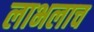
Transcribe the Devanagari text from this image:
लाभलाच